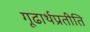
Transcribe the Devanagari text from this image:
गूढार्थप्रतीति